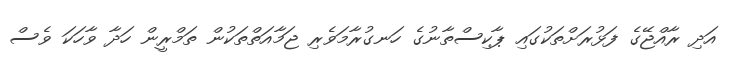
އަދި ރާއްޖޭގެ ފަޅުރަށްތަކުގައި ޕާކިސްތާނުގެ ހަނގުރާމަވެރި ޖަމާއަަތްތަކުން ތަމްރީން ހަދާ ވާހަކަ ވެސް